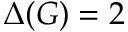
\Delta ( G ) = 2